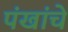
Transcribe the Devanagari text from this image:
पंखांचे